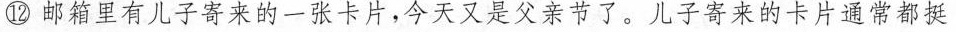
⑫邮箱里有儿子寄来的一张卡片,今天又是父亲节了。儿子寄来的卡片通常都挺